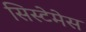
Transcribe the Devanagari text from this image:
सिस्टेमेस